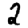
Digit: 2